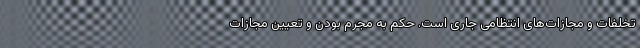
تخلفات و مجازات‌های انتظامی جاری است. حکم به مجرم بودن و تعیین مجازات